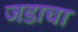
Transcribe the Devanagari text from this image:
जडाचा